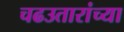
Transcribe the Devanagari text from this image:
चढउतारांच्या